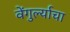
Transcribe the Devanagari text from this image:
वेंगुर्ल्याचा